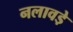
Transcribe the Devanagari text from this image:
नलावडे़